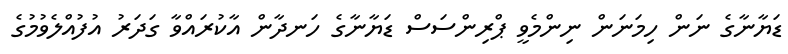
ޑަޔާނާގެ ނަން ހިމަނަން ނިންމެވީ ޕްރިންސަސް ޑަޔާނާގެ ހަނދާން އާކުރައްވާ ގަދަރު އުފުއްލެވުމުގެ